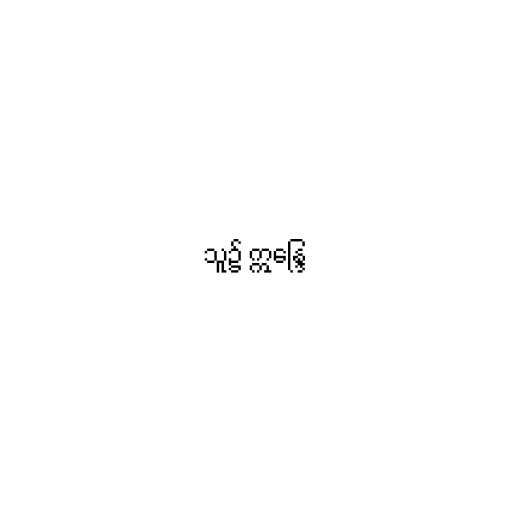
သူ၌ ဣန္ဒြေ